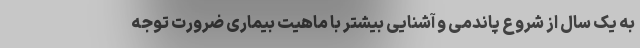
به یک سال از شروع پاندمی و آشنایی بیشتر با ماهیت بیماری ضرورت توجه